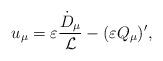
LaTeX: \begin{align*}u_{\mu} = \varepsilon \frac{\dot{D}_{\mu}}{{\cal L}} - ( \varepsilon Q_{\mu})',\end{align*}